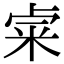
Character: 𨤐